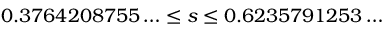
0 . 3 7 6 4 2 0 8 7 5 5 \ldots \le s \le 0 . 6 2 3 5 7 9 1 2 5 3 \ldots